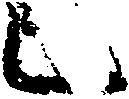
已